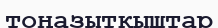
тоңазытқыштар